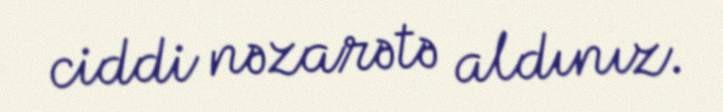
ciddi nəzarətə aldınız.